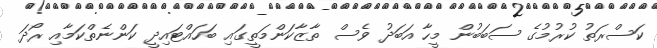
ކަސްރަތު ކުރުމުގެ ސަބަބުން މީހާ އަބަދު ވެސް ތާޒާކަންމަތީގައި ބަހައްޓައިދީ ކަންނެތްކަމާއި ރޯދަ